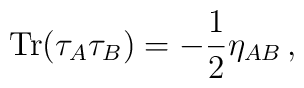
{\mathrm{Tr}}(\tau_A\tau_B) = -\frac 12 \eta_{AB}\,,